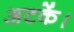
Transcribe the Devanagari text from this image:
अटकें।